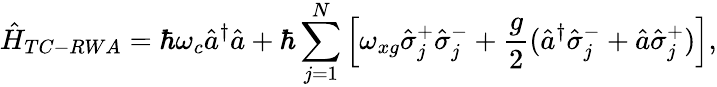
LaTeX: \hat{H}_{TC-RWA}=\hbar\omega_{c}\hat{a}^{\dagger}\hat{a}+\hbar\sum_{j=1}^{N}\left[\omega_{xg}\hat{\sigma}_{j}^{+}\hat{\sigma}_{j}^{-}+\frac{g}{2}(\hat{a}^{\dagger}\hat{\sigma}_{j}^{-}+\hat{a}\hat{\sigma}_{j}^{+})\right],